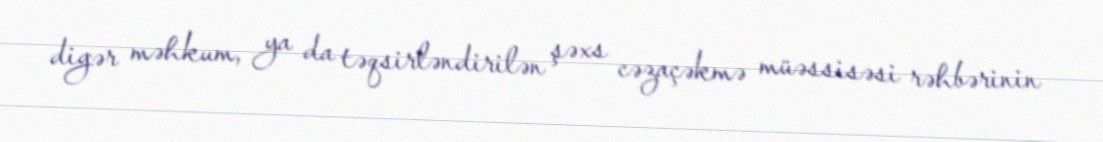
digər məhkum, ya da təqsirləndirilən şəxs cəzaçəkmə müəssisəsi rəhbərinin